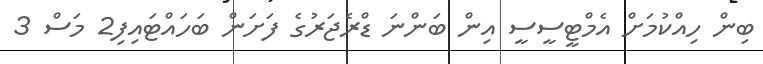
ބިން ހިއްކުމަށް އެމްޓީސީސީ އިން ބަންނަ ޑްރެޖަރުގެ ފަށަން ބަހައްޓައިފި2 މަސް 3